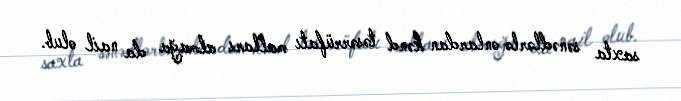
saxta sənədlərlə onlardan kənd təsərrüfatı malları almağa da nail olub.